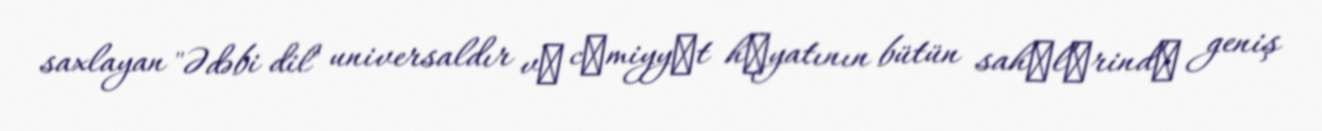
saxlayan "Ədəbi dil" universaldır vә cәmiyyәt hәyatının bütün sahәlәrindә geniş